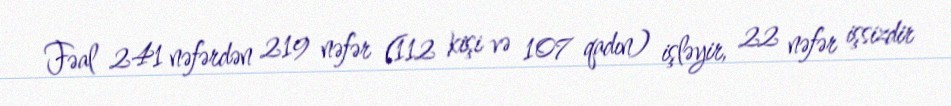
Fəal 241 nəfərdən 219 nəfər (112 kişi və 107 qadın) işləyir, 22 nəfər işsizdir